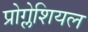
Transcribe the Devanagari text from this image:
प्रोग्लेशियल